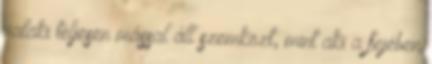
valaki teljesen mással áll szemközt, mint aki a fejében